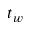
t _ { w }